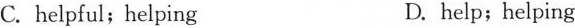
C. helpfu l; helping D. help ; helping